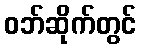
ဝဘ်ဆိုက်တွင်